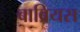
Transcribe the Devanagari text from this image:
बाब्रियस